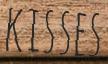
KISSES